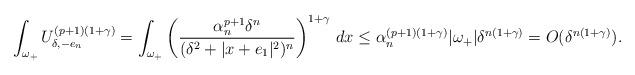
LaTeX: \begin{align*}\int_{\omega_+} U_{\delta,-e_n}^{(p+1)(1+\gamma)} = \int_{\omega_+} \left( \frac{\alpha_n^{p+1}\delta^n}{(\delta^2+|x+e_1|^2)^n}\right)^{1+\gamma} \, dx \leq \alpha_n^{(p+1)(1+\gamma)} |\omega_+| \delta^{n(1+\gamma)} = O(\delta^{n(1+\gamma)}).\end{align*}